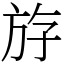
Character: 斿